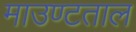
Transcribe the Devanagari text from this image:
माउण्टताल